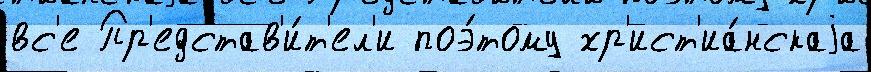
вс'е Пр'едстав'и́т'ел'и поэ́тому хр'ист'иа́нскаjа